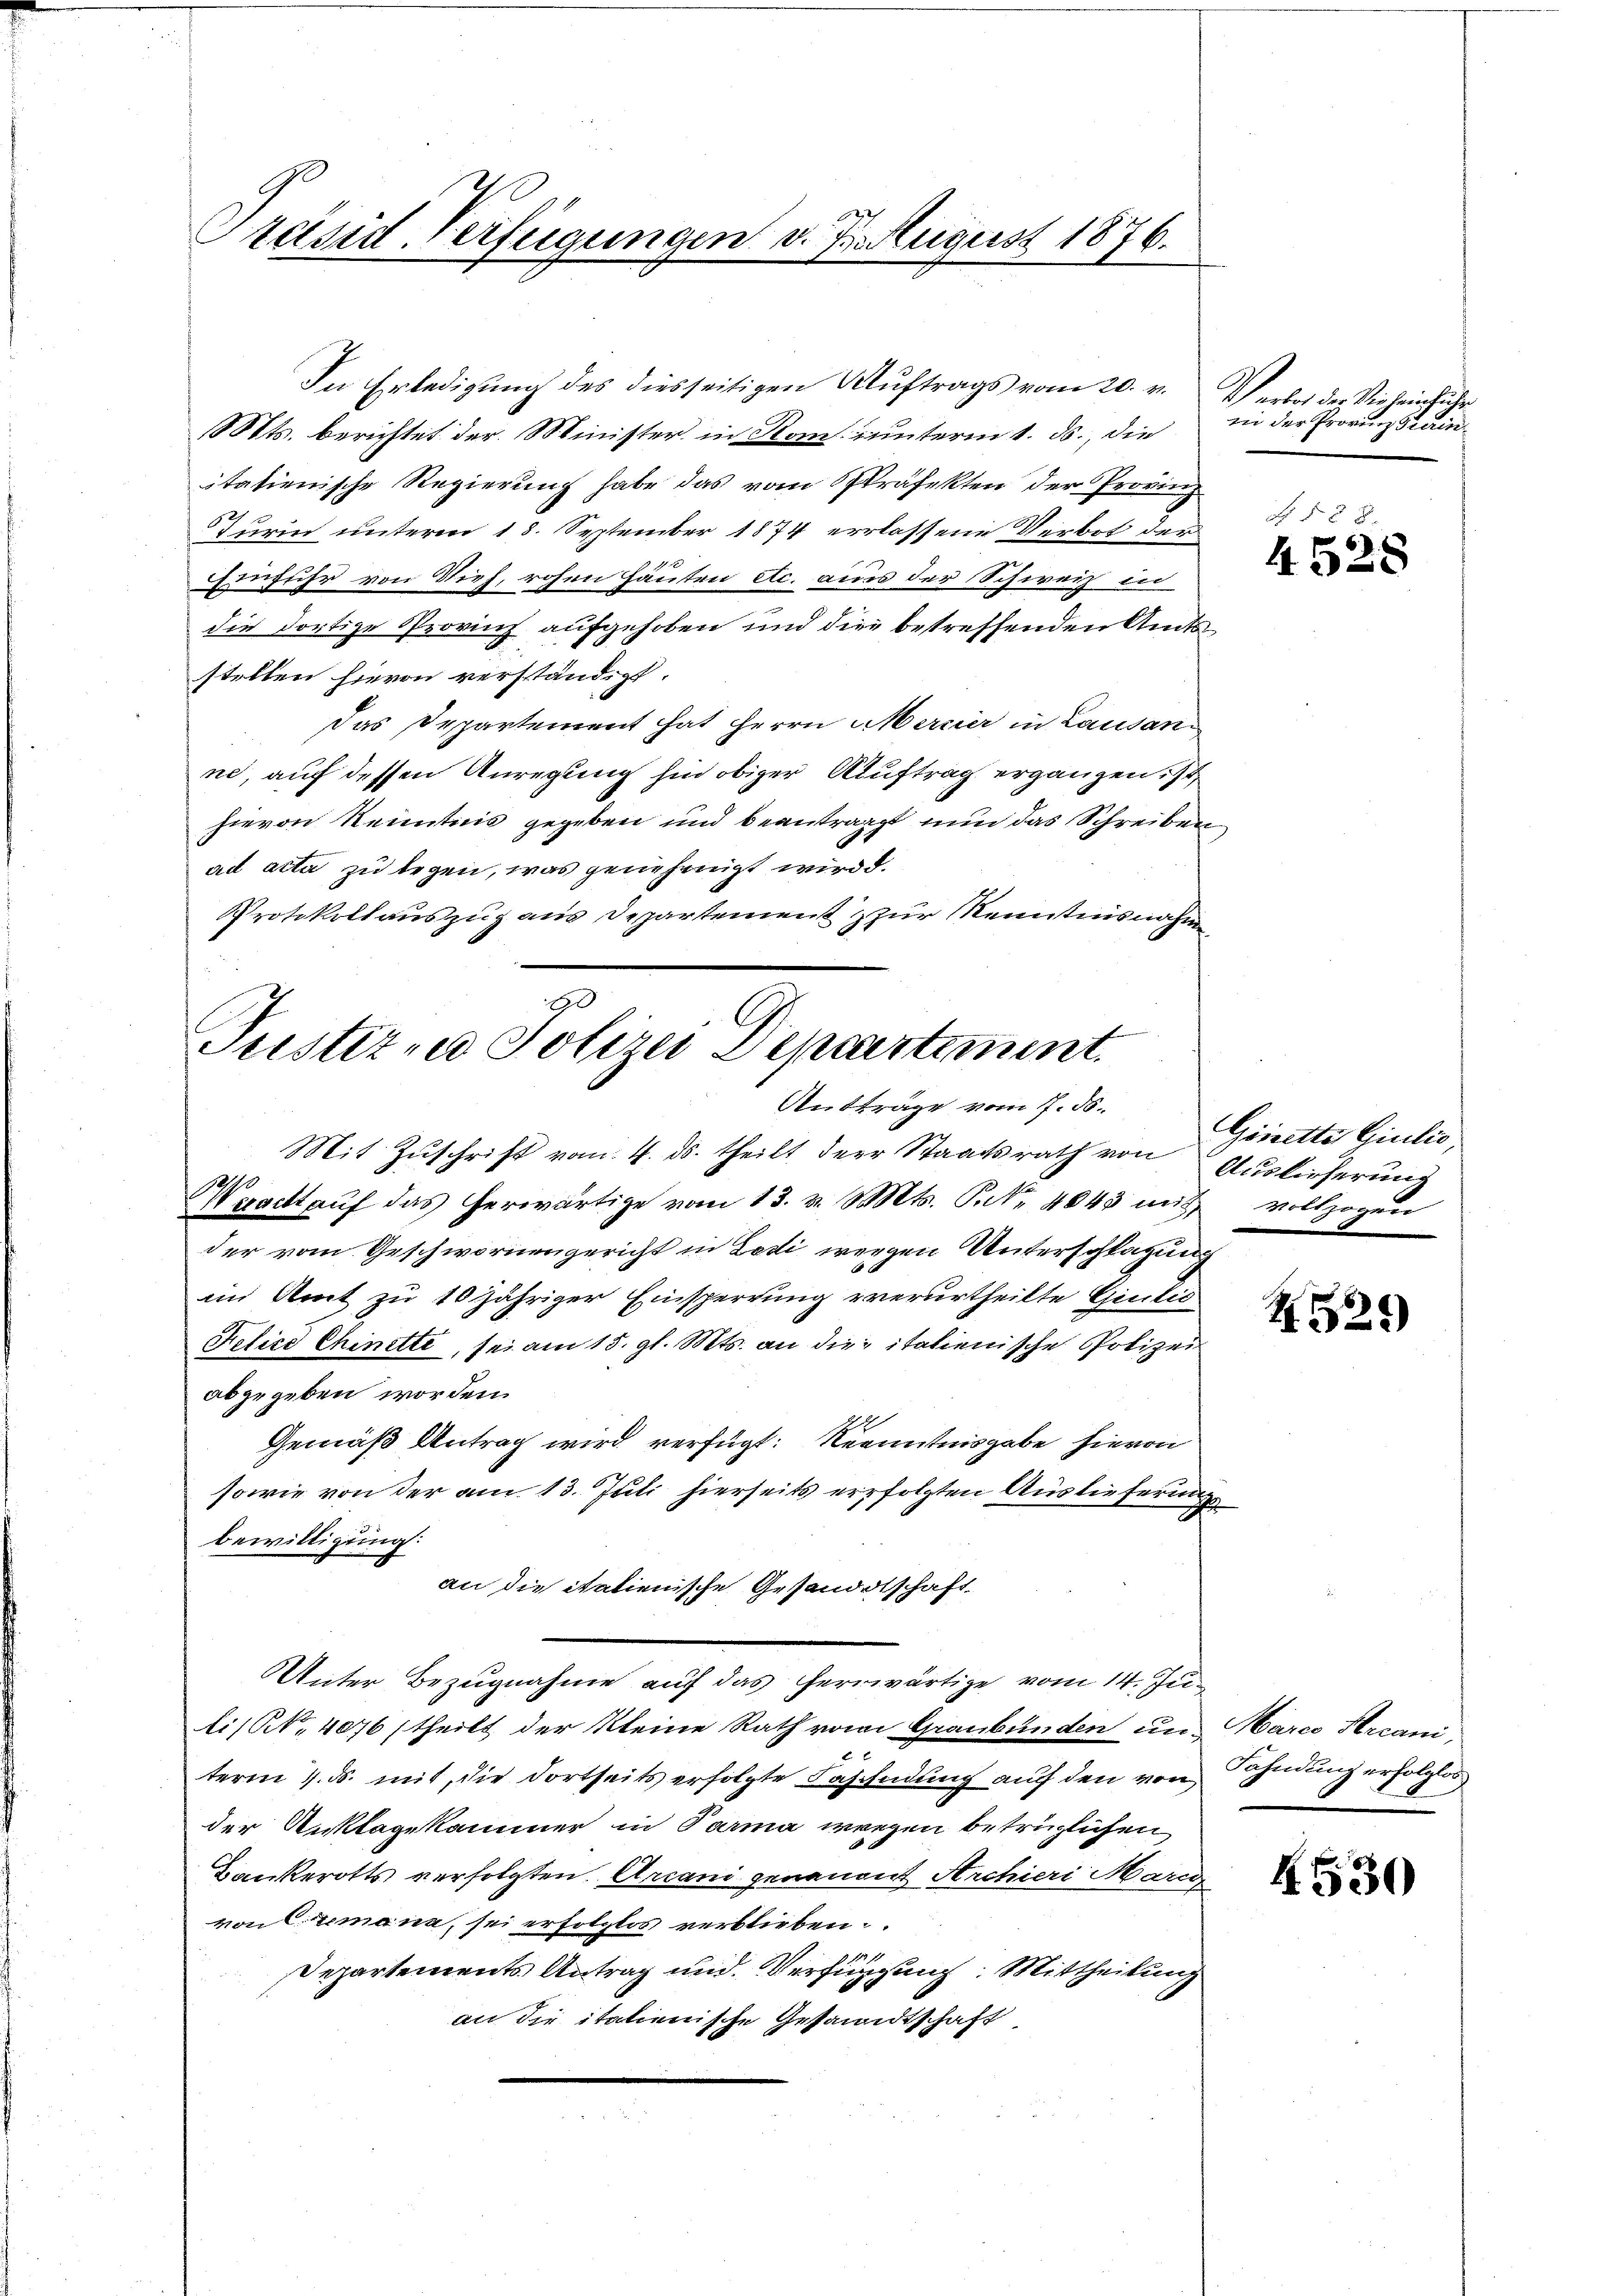
Präsid. Verfügungen v. 7. August 1876.

In Erledigung des diesseitigen Auftrags vom 20. v.
Mts. berichtet der Minister in Rank unterm 1. ds., die
itatienische Regierung habe das vom Präfekten der Provinz
Turin unterm 18. September 1874 erlassene Verbot der
Einfuhr von Vieh, rohen Häuten etc. aus der Schweiz in
die dortige Provinz aufgehoben und die betreffenden Amtsstellen hievon verständigt.
Das Departement hat Herrn Mercier in Lausan
ne, auf dessen Anregung hin obiger Auftrag ergangen ist,
hievon Kenntnis gegeben und beantragt nun das Schreiben
ad acta zu legen, was genehmigt wird d.
Protokollauszug aus Departement zur Kenntnisnahm
10
b

Justiz, Polizei Departement.
Antträge vom 7. ds.
Mit Zŭschrift vom 4. ds. theilt der Staatsrath von Auslieferung
Weracht aŭf das herwärtige vom 13. v. Mts. S. Nr. 4043 mit vollzogen

der vom Geschwornengericht in Ledi weegen Unterschlagung
im Amt zu 10 jähriger Einsperrung verurtheilte Giulis
Felice Chinette, sei am 15. gl. Mts. an die italienische Polizei
abgegeben worden.
Gemäß Antrag wird verfügt: Kenntnisgabe hievon
sowie von der am 13. Juli hierseits erfolgten Auslieferung
bewilligung:
an die italienische Gesandtschaft
Unter Bezugnahme auf das herrwärtige vom 14. Ju
lis S. 4076 (theilt der kleine Rath vom Graubünden und Marco Hrcani,

term 4. ds. mit, die dortseits erfolgte Fahrendung auf den von Fahndung erfolglos
der Anklagekammer in Parma wegen betrüglichen,
Bankerotts verfolgten Arcani genannt Archieri Marg
von Cremana, sei erfolglos verblieben.
Departements Antrag und Verfügung: Mittheilung
an die italienische Gesandtschaft

Verbes des Dir heimhuber.
in der Provinz Gerin¬

N 588.
4528

Ginette Giulio,

H529)

4530